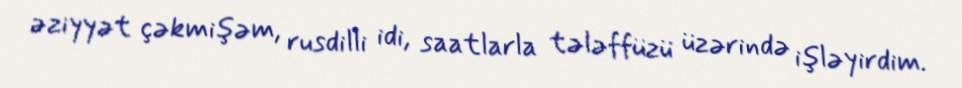
əziyyət çəkmişəm, rusdilli idi, saatlarla tələffüzü üzərində işləyirdim.